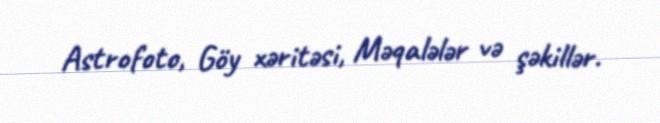
Astrofoto, Göy xəritəsi, Məqalələr və şəkillər.